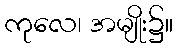
ကုလေ၊ အမျိုး၌။